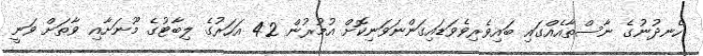
ހެނދުނުގެ ނާސްތާއެއްގައި ބައިވެރިވެވަޑައިގަންނަވަނިކޮށް އުމުރުން 42 އަހަރުގެ ލިބާޓުގެ މޫނަށާއި ވާތަށް ވަނީ